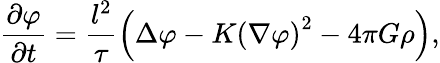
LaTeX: \frac{\partial\varphi}{\partial t}=\frac{l^{2}}{\tau}\left(\Delta\varphi-K\left(\nabla\varphi\right)^{2}-4\pi G\rho\right),